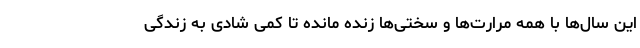
این سال‌ها با همه مرارت‌ها و سختی‌ها زنده مانده تا کمی شادی به زندگی